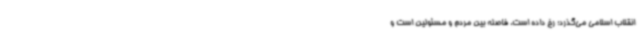
انقلاب اسلامی می‌گذرد؛ رخ داده است، فاصله بین مردم و مسئولین است و